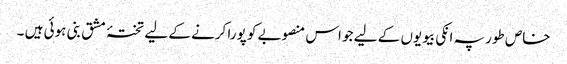
خاص طور پہ انکی بیویوں کے لیے جو اس منصوبے کو پورا کرنے کے لیے تختۂ مشق بنی ہوئی ہیں ۔